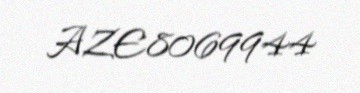
AZE8069944